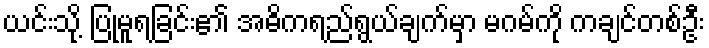
ယင်းသို့ ပြုမူရခြင်း၏ အဓိကရည်ရွယ်ချက်မှာ မဂမ်ကို ကချင်တစ်ဦး